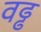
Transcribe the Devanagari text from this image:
वढ्ढ